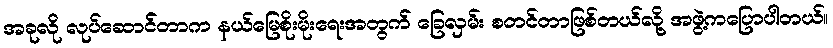
အခုလို လုပ်ဆောင်တာက နယ်မြေစိုးမိုးရေးအတွက် ခြေလှမ်း စတင်တာဖြစ်တယ်လို့ အဖွဲ့ကပြောပါတယ်။